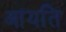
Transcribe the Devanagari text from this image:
आयति